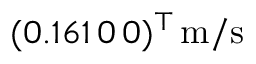
( 0 . 1 6 1 \, 0 \, 0 ) ^ { \top } \, \mathrm { m / s }